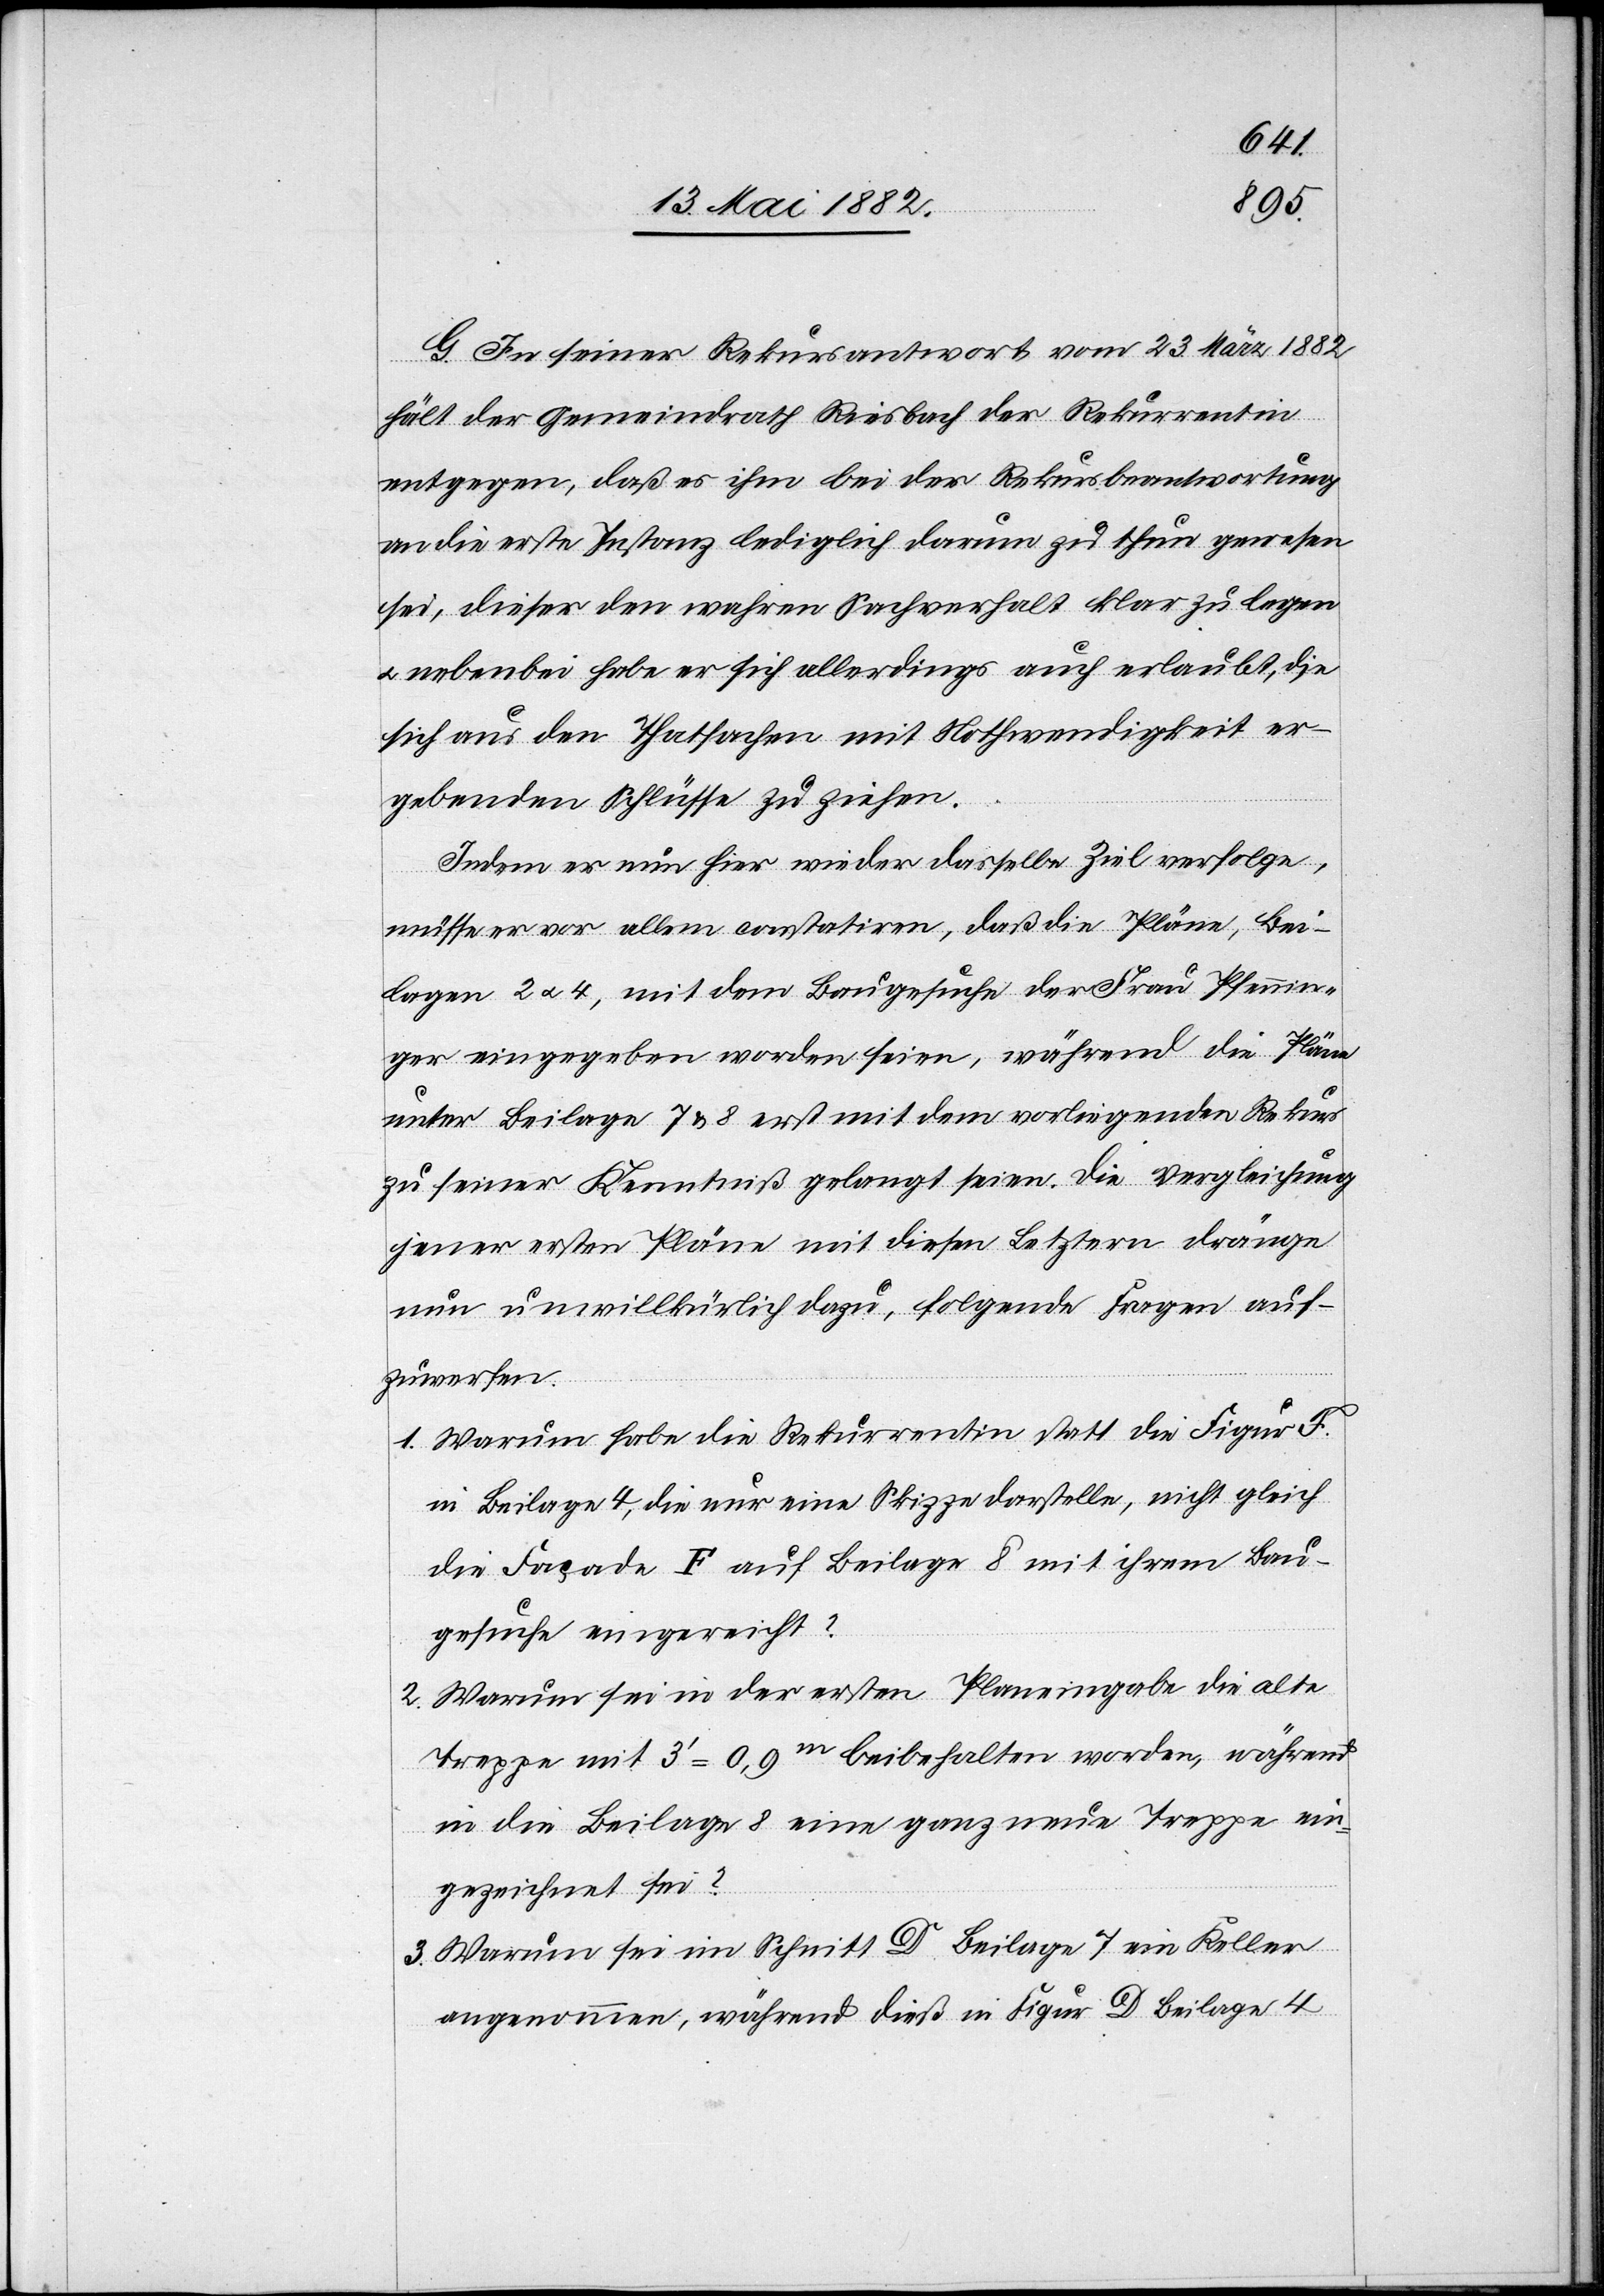
G. In seiner Rekursantwort vom 23. März 1882
hält der Gemeindrath Riesbach der Rekurrentin
entgegen, daß es ihm bei der Rekursbeantwortung
an die erste Instanz lediglich darum zu thun gewesen
sei, dieser den wahren Sachverhalt klar zu legen
u. nebenbei habe er sich allerdings auch erlaubt, die
sich aus den Thatsachen mit Nothwendigkeit er¬
gebenden Schlüsse zu ziehen.
Indem er nun hier wieder dasselbe Ziel verfolge,
müsse er vor allem constatiren, daß die Pläne, Bei¬
lagen 2 u. 4, mit dem Baugesuche der Frau Pfennin¬
ger eingegeben worden seien, während die Pläne
unter Beilage 7 & 8 erst mit dem vorliegenden Rekurs
zu seiner Kenntniß gelangt seien. Die Vergleichung
jener ersten Pläne mit diesen Letztern dränge
nun unwillkürlich dazu, folgende Fragen auf¬
zuwerfen:
1. Warum habe die Rekurrentin statt die Figur F.
in Beilage 4, die nur eine Skizze darstelle, nicht gleich
die Façade F auf Beilage 8 mit ihrem Bau¬
gesuche eingereicht?
2. Warum sei in der ersten Planeingabe die alte
Treppe mit 3’ = 0,9m beibehalten worden, während
in der Beilage 8 eine ganz neue Treppe ein¬
gezeichnet sei?
3. Warum sei im Schnitt D Beilage 7 ein Keller
angenommen, während dieß in Figur D Beilage 4